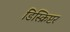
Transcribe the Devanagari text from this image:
डिस्क्रिप्टर